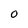
Character: 0